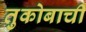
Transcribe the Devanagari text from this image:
तुकोबाची